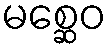
မစ္ဆေဝ